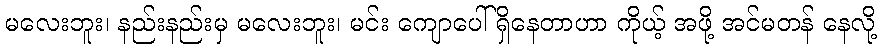
မလေးဘူး၊ နည်းနည်းမှ မလေးဘူး၊ မင်း ကျောပေါ် ရှိနေတာဟာ ကိုယ့် အဖို့ အင်မတန် နေလို့